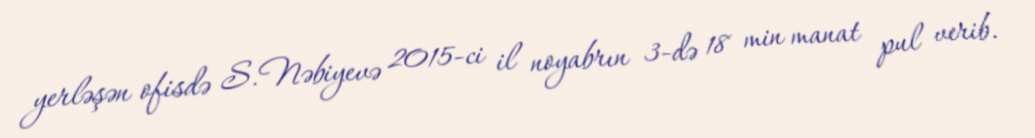
yerləşən ofisdə S.Nəbiyevə 2015-ci il noyabrın 3-də 18 min manat pul verib.